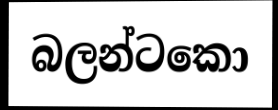
බලන්ටකො